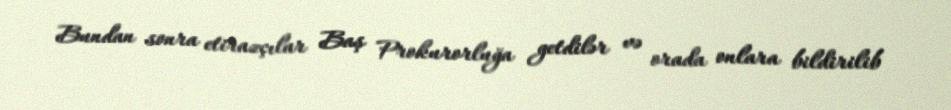
Bundan sonra etirazçılar Baş Prokurorluğa getdilər və orada onlara bildirilib